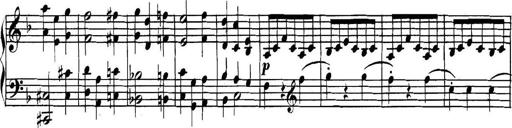
Title: Collected Piano Sonatas
Composer: Muzio Clementi